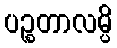
ပဉ္စတာလမ္ပိ